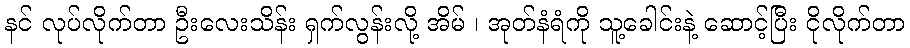
နင် လုပ်လိုက်တာ ဦးလေးသိန်း ရှက်လွန်းလို့ အိမ် ၊ အုတ်နံရံကို သူ့ခေါင်းနဲ့ ဆောင့်ပြီး ငိုလိုက်တာ